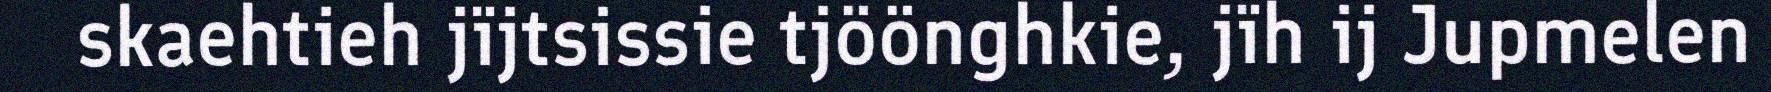
skaehtieh jïjtsissie tjöönghkie, jïh ij Jupmelen